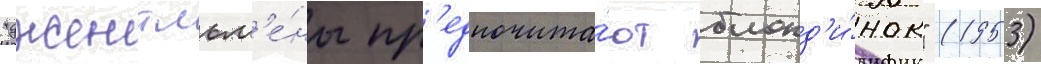
"джентльм'е́ны пр'едпочита́ют блонд'и́нок" (1953)